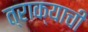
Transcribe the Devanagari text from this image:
त्राक्याची